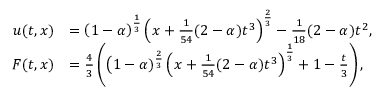
\begin{array} { r l } { u ( t , x ) } & { = \left( 1 - \alpha \right) ^ { \frac { 1 } { 3 } } \left( x + \frac { 1 } { 5 4 } ( 2 - \alpha ) t ^ { 3 } \right) ^ { \frac { 2 } { 3 } } - \frac { 1 } { 1 8 } ( 2 - \alpha ) t ^ { 2 } , } \\ { F ( t , x ) } & { = \frac { 4 } { 3 } \left( \big ( 1 - \alpha ) ^ { \frac { 2 } { 3 } } \left( x + \frac { 1 } { 5 4 } ( 2 - \alpha ) t ^ { 3 } \right) ^ { \frac { 1 } { 3 } } + 1 - \frac { t } { 3 } \right) , } \end{array}